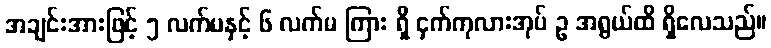
အချင်းအားဖြင့် ၅ လက်မနှင့် ၆ လက်မ ကြား ရှိ ငှက်ကုလားအုပ် ဥ အရွယ်ထိ ရှိလေသည်။